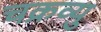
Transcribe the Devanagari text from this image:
चक्रव्यु